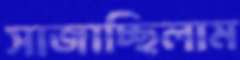
সাজাচ্ছিলাম